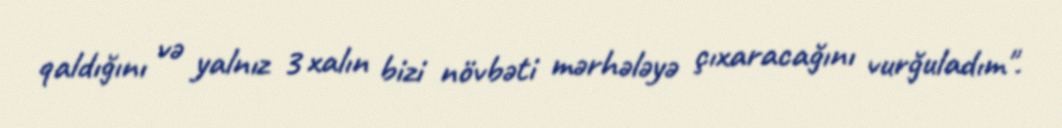
qaldığını və yalnız 3 xalın bizi növbəti mərhələyə çıxaracağını vurğuladım".